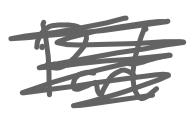
Text: Part
Cross-out: scratch
Writing tool: digital_gray